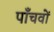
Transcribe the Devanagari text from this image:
पाँचवों